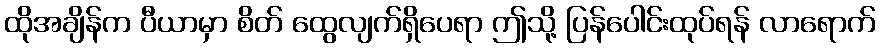
ထိုအချိန်က ပီယာမှာ စိတ် ထွေလျက်ရှိပေရာ ဤသို့ ပြန်ပေါင်းထုပ်ရန် လာရောက်